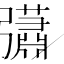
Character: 𢑁